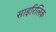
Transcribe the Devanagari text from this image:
साइरिलिक